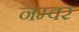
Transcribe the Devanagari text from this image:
नम्वर